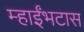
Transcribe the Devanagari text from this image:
म्हाईंभटास